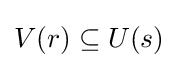
V(r)\subseteq U(s)